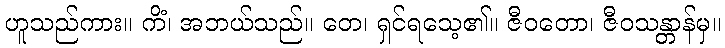
ဟူသည်ကား။ ကိံ၊ အဘယ်သည်။ တေ၊ ရှင်ရသေ့၏။ ဇီဝတော၊ ဇီဝသန္တာန်မှ။